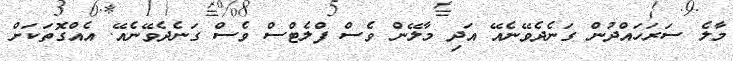
މާލެ ސަރަހައްދުން ގަނެދެވޭނެއޭ އަދި މާލޭން ވެސް ފްލެޓްސް ވެސް ގަނެދެވޭނެއޭ. އެއްގޮތަަކަށް